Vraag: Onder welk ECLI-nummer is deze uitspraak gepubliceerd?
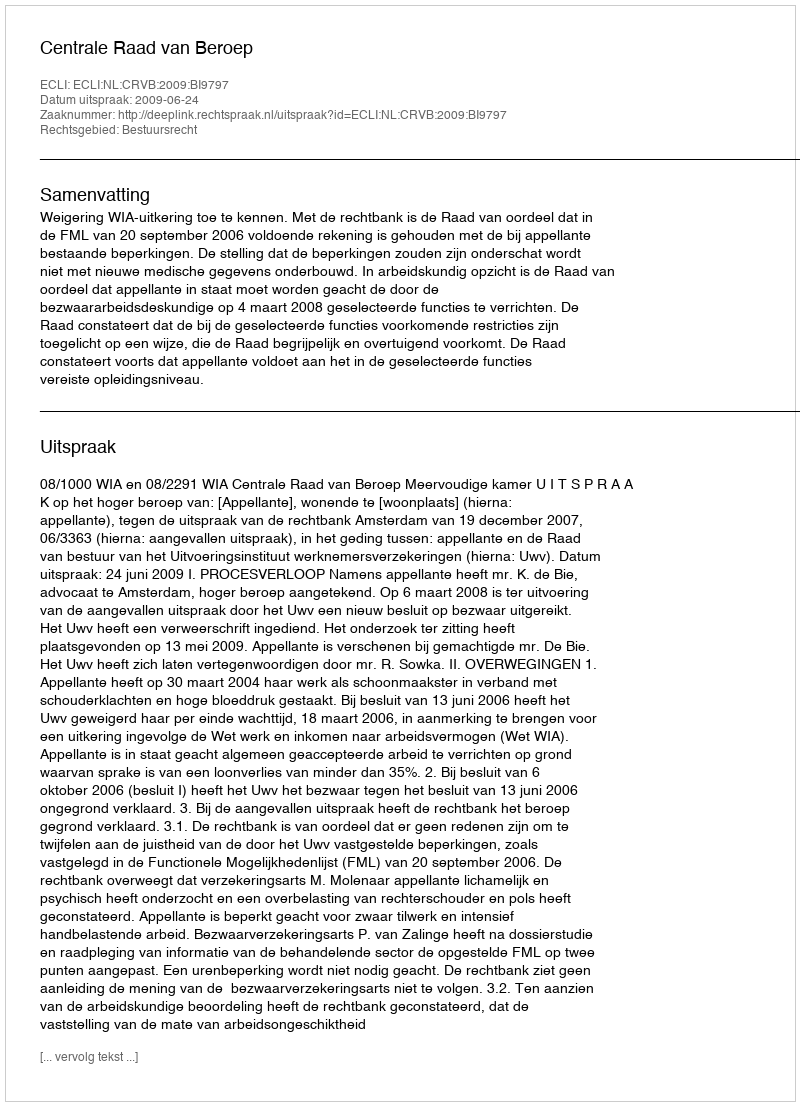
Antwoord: ECLI:NL:CRVB:2009:BI9797